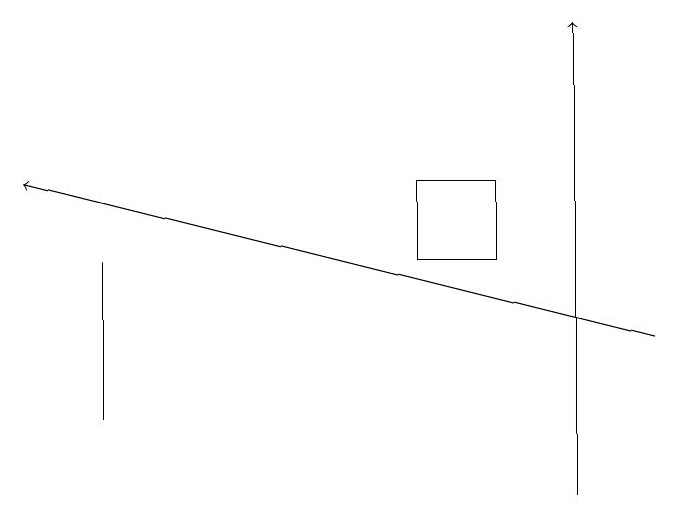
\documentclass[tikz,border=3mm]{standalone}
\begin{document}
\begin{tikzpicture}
\draw[->] (9,15) -- (1,17);
\draw (2,16) rectangle (2,14);
\draw (6,16) rectangle (7,17);
\draw[->] (8,13) -- (8,19);
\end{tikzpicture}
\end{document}